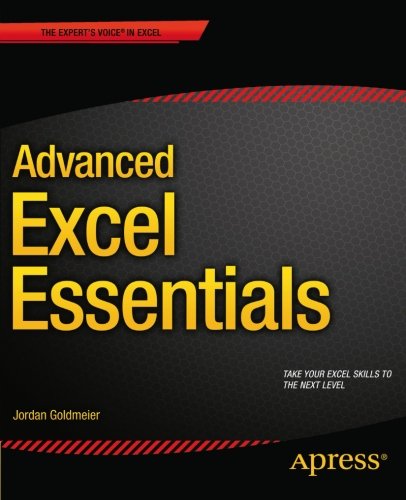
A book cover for Advanced Excel Essentials; Jordan Goldmeier; Computers & Technology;